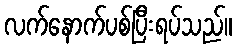
လက်နောက်ပစ်ပြီးရပ်သည်။